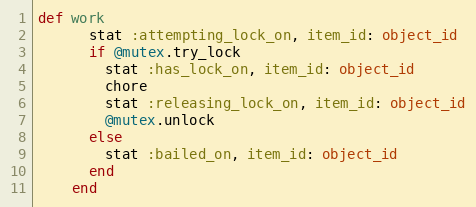
Language: Ruby
def work
      stat :attempting_lock_on, item_id: object_id
      if @mutex.try_lock
        stat :has_lock_on, item_id: object_id
        chore
        stat :releasing_lock_on, item_id: object_id
        @mutex.unlock
      else
        stat :bailed_on, item_id: object_id
      end
    end